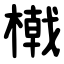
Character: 橶